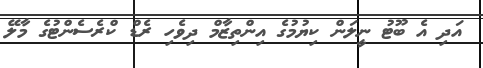
އަދި އެ ބޫޓު ނީލަން ކިޔުމުގެ އިންތިޒާމް ދިވެހި ރެޑް ކްރެސެންޓުގެ މާލޭ